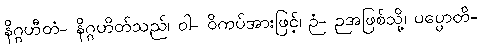
နိဂ္ဂဟီတံ- နိဂ္ဂဟိတ်သည်၊ ဝါ- ဝိကပ်အားဖြင့်၊ ဉံ- ဉအဖြစ်သို့၊ ပပ္ပောတိ-